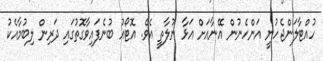
ހުއްޓާލަންޖެހުނީ އަންހެނުން އޭނާއަށް އަޅާ ނުލާތީ އެވެ. އޮޓޯއު ބުނެފައިވާގޮތުގައި ދަރިން ލިބުމާއެކު